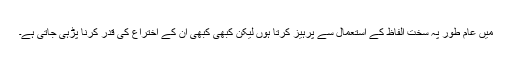
میں عام طور پہ سخت الفاظ کے استعمال سے پرہیز کرتا ہوں لیکن کبھی کبھی ان کے اختراع کی قدر کرنا پڑہی جاتی ہے۔